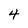
Character: 4